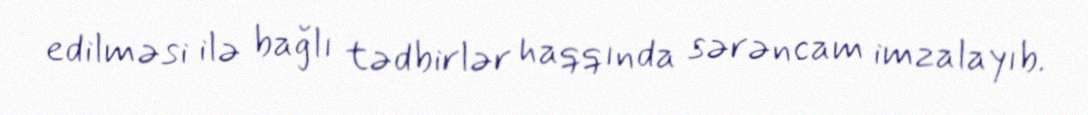
edilməsi ilə bağlı tədbirlər haqqında sərəncam imzalayıb.